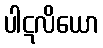
ပါဋလိယော